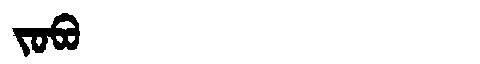
Manchu: ᠵᠣᠪᠣ
Romanization: JOBO